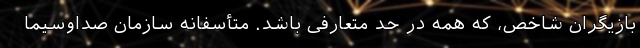
بازیگران شاخص، که همه در حد متعارفی باشد. متأسفانه سازمان صداوسیما